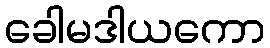
ခေါမဒါယကော